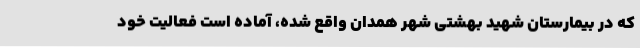
که در بیمارستان شهید بهشتی شهر همدان واقع شده، آماده است فعالیت خود